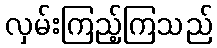
လှမ်းကြည့်ကြသည်